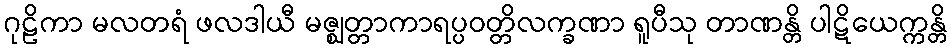
ဂုဠိကာ မလတရံ ဖလဒါယီ မဇ္ဈတ္တာကာရပ္ပဝတ္တိလက္ခဏာ ရူပီသု တာဏန္တိ ပါဋိယေက္ကန္တိ